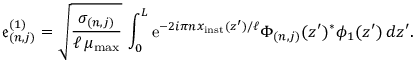
\mathfrak { e } _ { ( n , j ) } ^ { ( 1 ) } = \sqrt { \frac { \sigma _ { ( n , j ) } } { \ell \, \mu _ { \mathrm { m a x } } } } \, \int _ { 0 } ^ { L } \mathrm { e } ^ { - 2 i \pi n x _ { \mathrm { i n s t } } ( z ^ { \prime } ) / \ell } \Phi _ { ( n , j ) } ( z ^ { \prime } ) ^ { \ast } \phi _ { 1 } ( z ^ { \prime } ) \, d z ^ { \prime } .